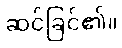
ဆင်ခြင်၏။